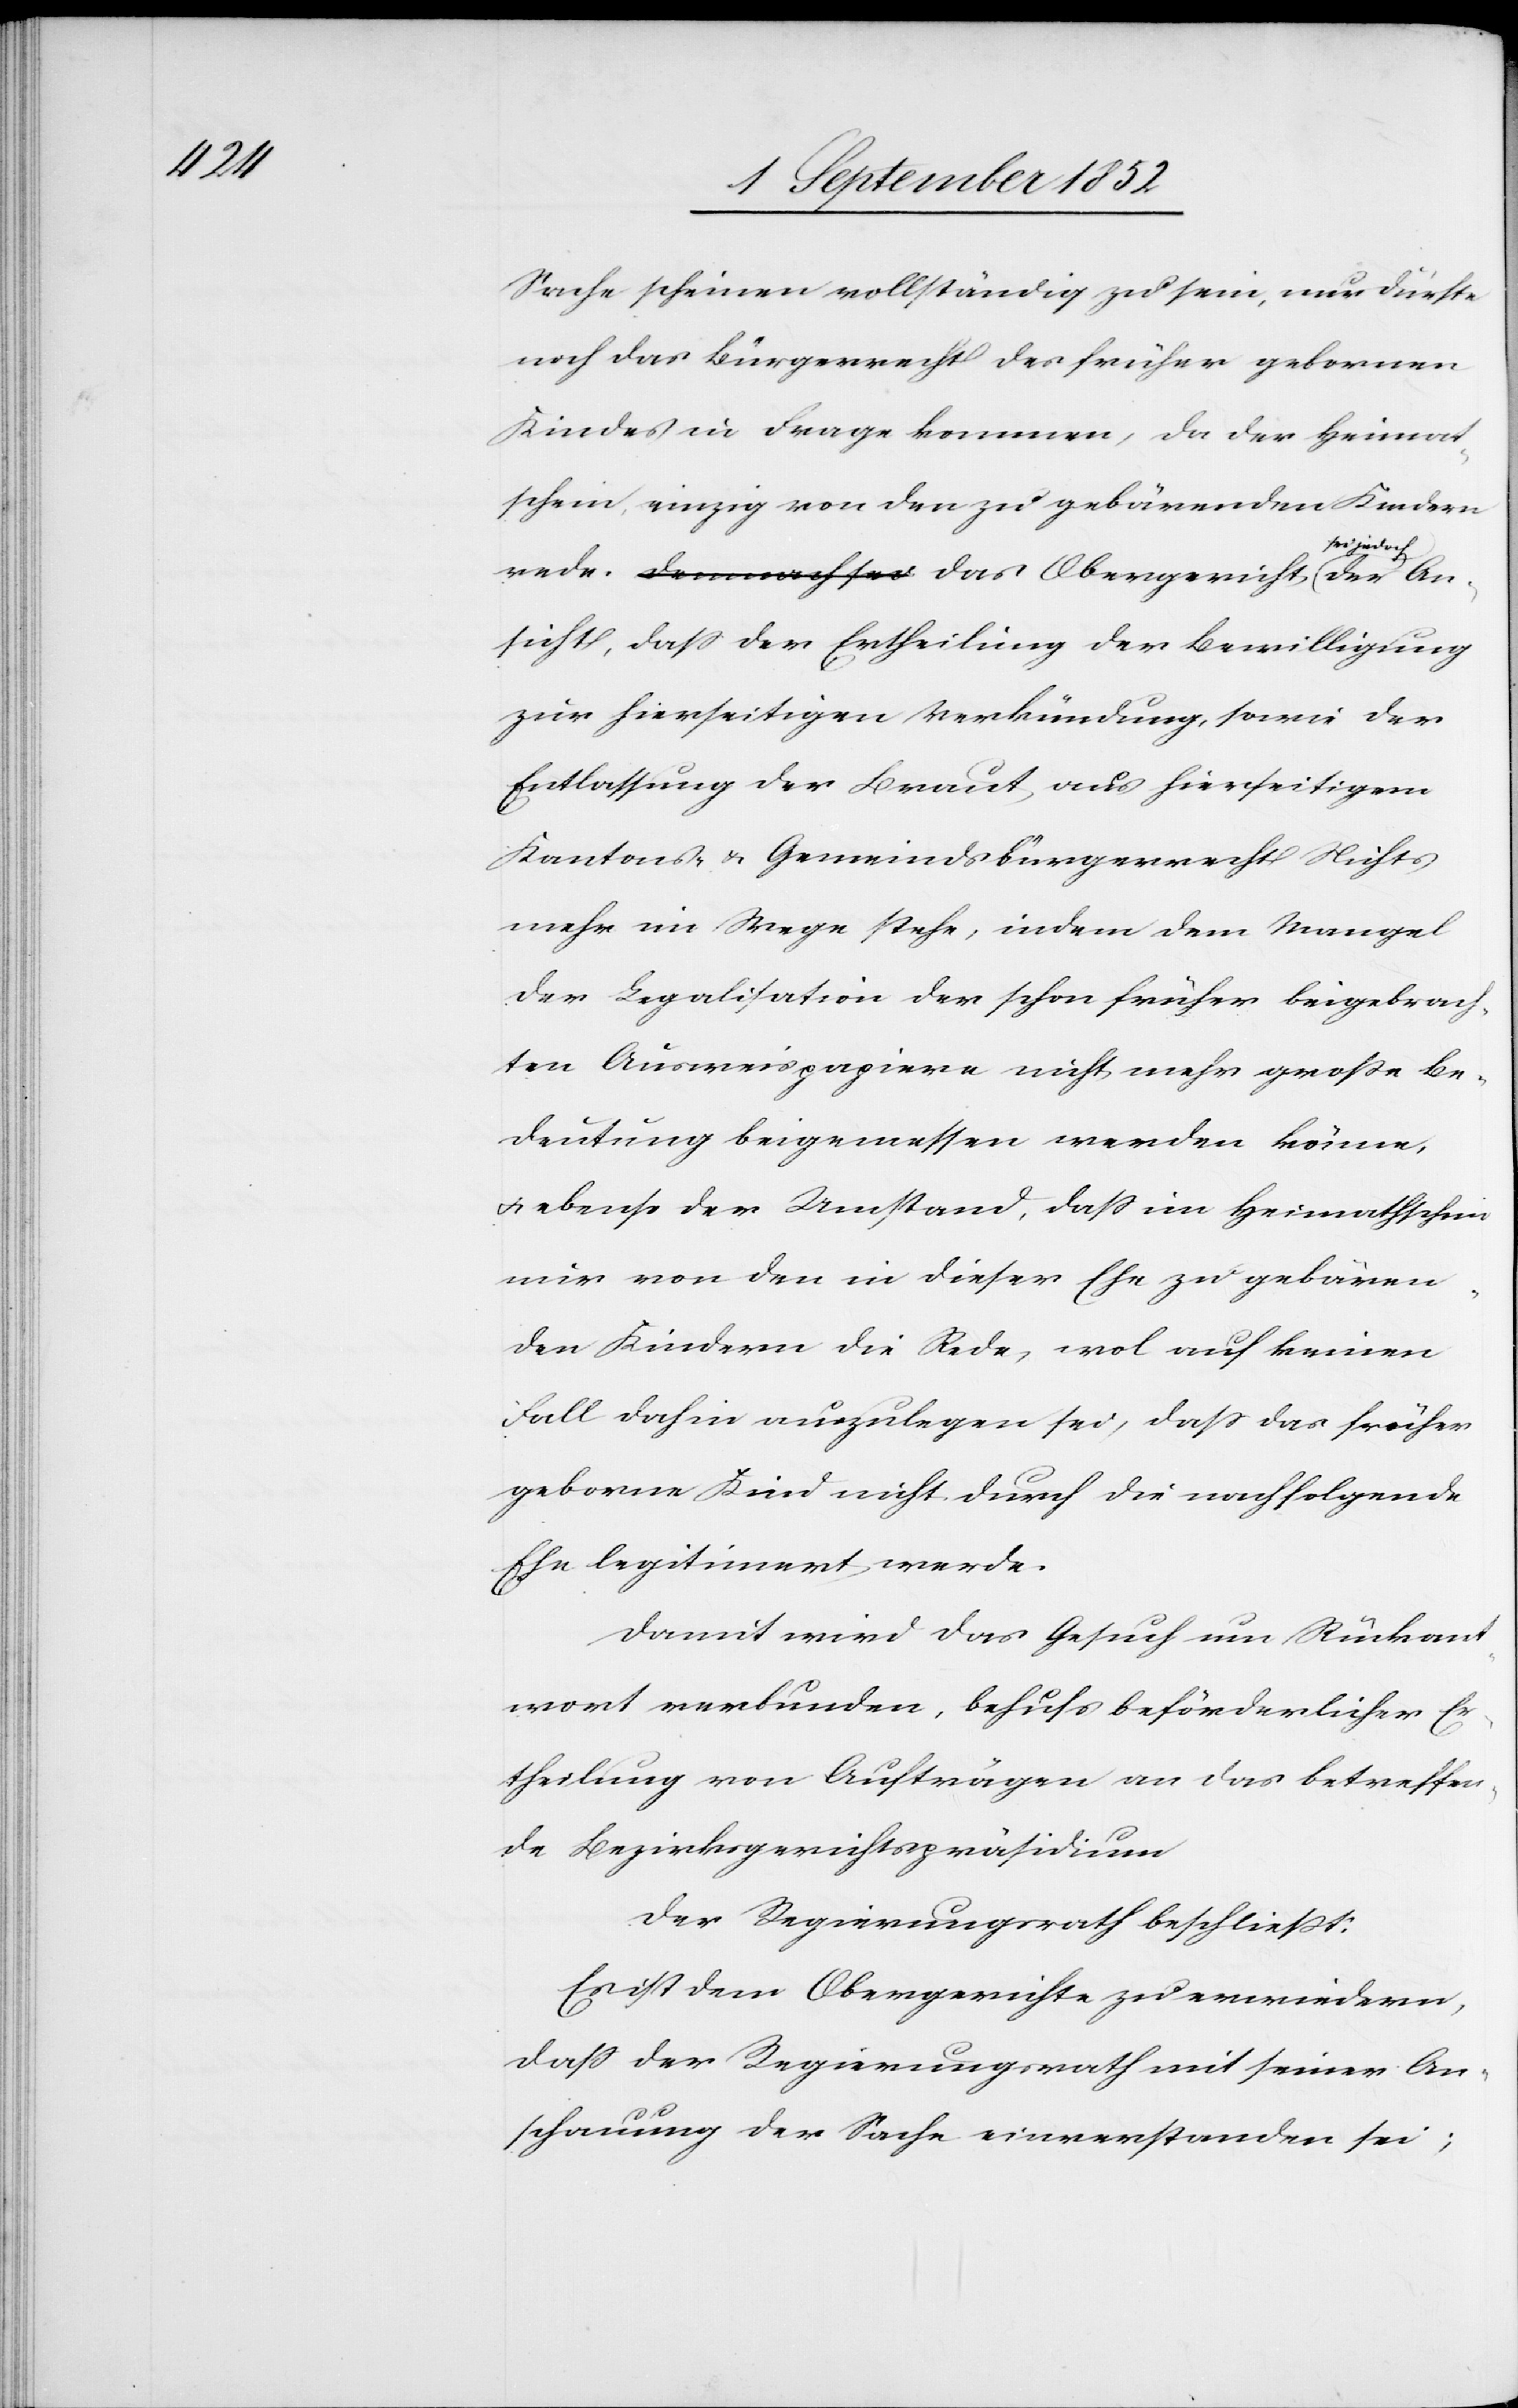
Sache scheinen vollständig zu sein, nur dürfte
noch das Bürgerrecht des früher gebornen
Kindes in Frage kommen, da der Heimat¬
schein, einzig von den zu gebärenden Kindern
Ehe legitimert
Ansicht, dass der Ertheilung der Bewilligung
zur hierseitigen Verkündung, sowie der
Entlassung der Braut aus hierseitigem
Kantons- & Gemeindsbürgerrecht Nichts
mehr im Wege stehe, indem dem Mangel
der Legalisation der schon früher beigebrach¬
ten Ausweispapiere nicht mehr große Be¬
deutung beigemessen werden könne,
& ebenso der Umstand, dass im Heimathschein
nur von den in dieser Ehe zu gebären¬
den Kindern die Rede, wo[h]l auf keinen
Fall dahin auszulegen sei, dass das früher
geborne Kind nicht durch die nachfolgende
Damit wird das Gesuch um Rückant¬
wort verbunden, behufs beförderlicher Er¬
theilung von Aufträgen an das betreffen¬
de Bezirksgerichtspräsidium
Der Regierungsrath beschließt:
Es ist dem Obergerichte zu erwiedern,
dass der Regierungsrath mit seiner An¬
schauung der Sache einverstanden sei;